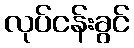
လုပ်ငန်းခွင်